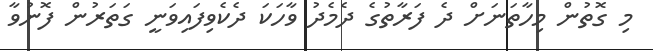
މި ގޮތުން މިހާތަނަށް ދެ ފަރާތުގެ ދެމެދު ވާހަކަ ދެކެވިފައިވަނީ ގަތަރުން ފޮނުވާ